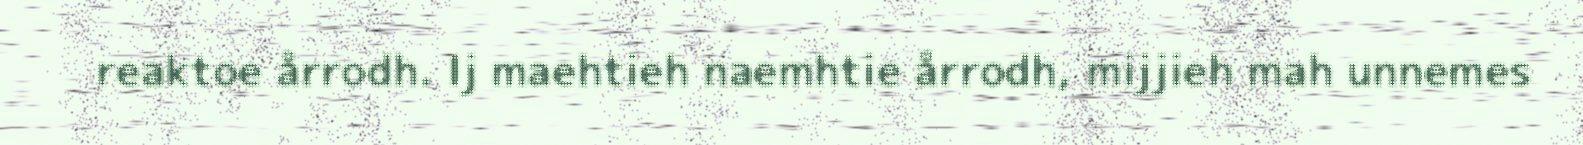
reaktoe årrodh. Ij maehtieh naemhtie årrodh, mijjieh mah unnemes